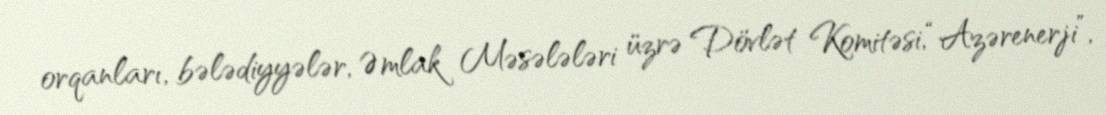
orqanları, bələdiyyələr, Əmlak Məsələləri üzrə Dövlət Komitəsi, “Azərenerji”,